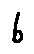
b